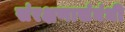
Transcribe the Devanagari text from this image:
संरक्षणासंबंधी